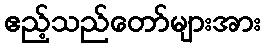
ဧည့်သည်တော်များအား